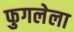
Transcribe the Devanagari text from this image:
फुगलेला